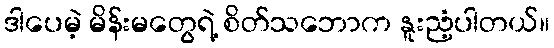
ဒါပေမဲ့ မိန်းမတွေရဲ့ စိတ်သဘောက နူးညံ့ပါတယ်။